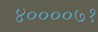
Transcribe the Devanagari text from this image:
४००००७१